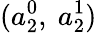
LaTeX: (a_{2}^{0},~a_{2}^{1})